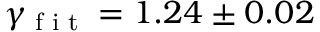
\gamma _ { \textrm { f i t } } = 1 . 2 4 \pm 0 . 0 2